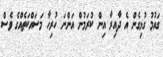
ގައުމު ގުޅިގެން އެ ދާއިރާ އިން ކުރަމުން އަންނަ ހުރިހާ މަސައްކަތެއްގެ ވެސް